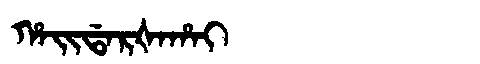
Manchu: ᡥᠠᡳᡩᠠᡵᡧᠠᡥᠠᡳ
Romanization: HAIDARŠAHAI